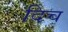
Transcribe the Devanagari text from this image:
दिच